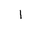
Letter: _alif